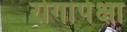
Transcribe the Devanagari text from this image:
रोगांपेक्षा